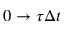
0 \to \tau \Delta t